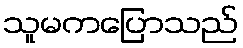
သူမကပြောသည်